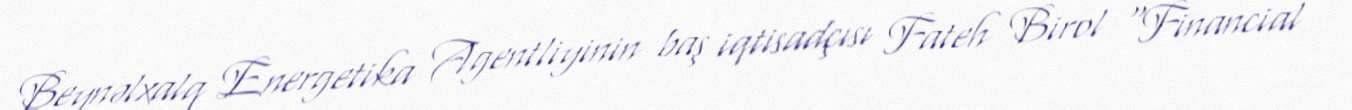
Beynəlxalq Energetika Agentliyinin baş iqtisadçısı Fateh Birol “Financial